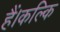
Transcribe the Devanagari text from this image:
हैं।कल्कि